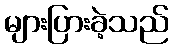
များပြားခဲ့သည်